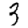
Digit: 3